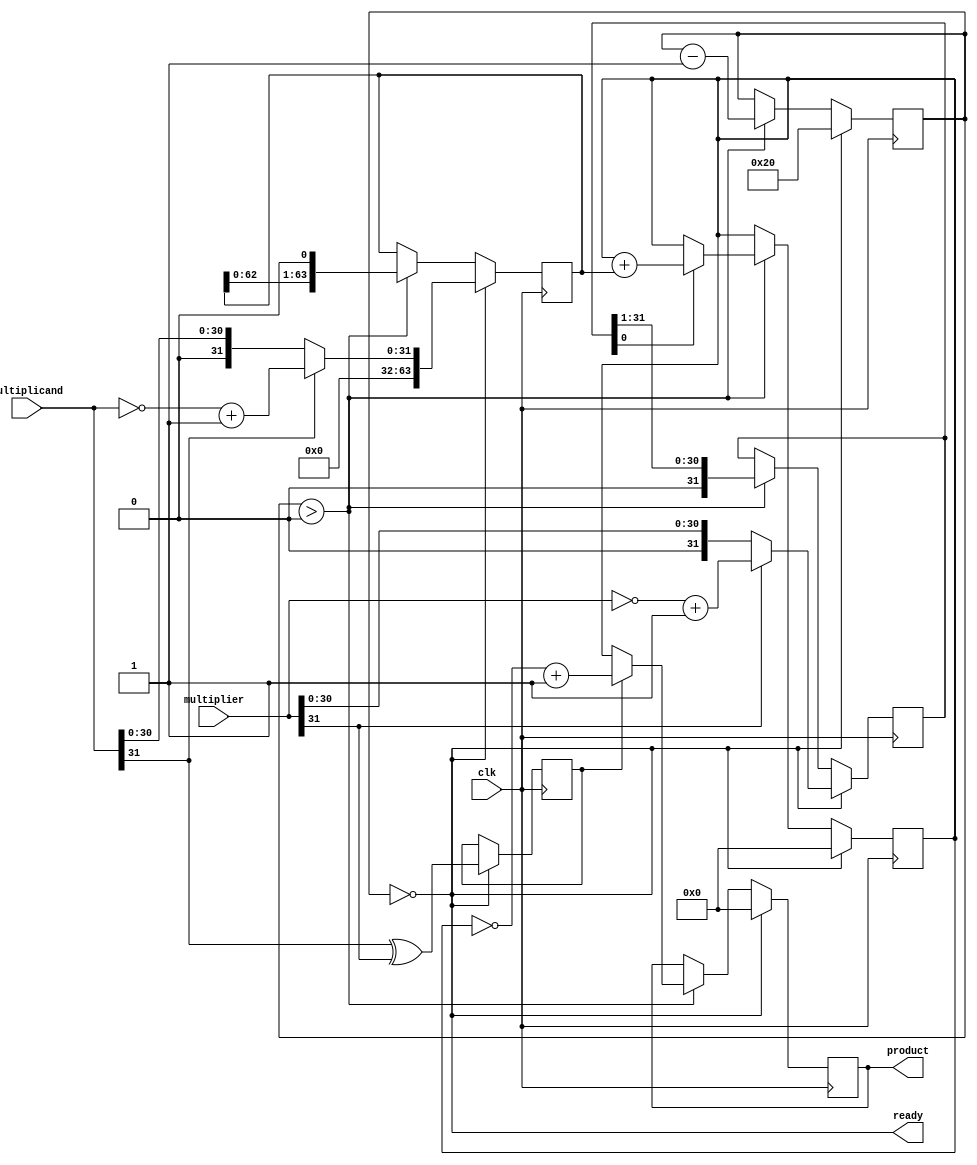
module multiply(ready,product,multiplier,multiplicand,clk);

   input         clk;
   input [31:0]  multiplier, multiplicand;  // The inputs should be twos complement numbers
   output [63:0] product;
   output        ready;

   reg [63:0]    product, product_temp;

   reg [31:0]    multiplier_copy;  // Temporary registers for the multiply
   reg [63:0]    multiplicand_copy;
   reg           isNeg;  // Determine the sign by XOR the leftmost bit of multiplier and multiplicand

   reg [5:0]     bit;  // For repeating 32 times
   wire          ready = !bit;

   // Initialization
   initial bit <= 0;
   initial isNeg <= 0;

   always @( posedge clk )

     if( ready ) begin

        bit               <= 6'd32;
        product           <= 0;
        product_temp      <= 0;

        // Get the absolute value of multiplicand. Add 0 to the
        // left half because multiplicand_copy is 64 bits long.
        multiplicand_copy <= multiplicand[31] ?
                            { 32'd0, ~multiplicand + 1'b1 } :
                            { 32'd0, multiplicand };

        // Get the absolute value of multiplier. If the leftmost bit
        // of multiplier is 1 which represent a negative number,
        // multiplier_copy equals to the twos complement of multiplier.
        multiplier_copy <= multiplier[31] ? (~multiplier + 1'b1) : multiplier;

        // XOR operation to determine the sign of the product
        isNeg <= multiplicand[31] ^ multiplier[31];

     end

     else if ( bit > 0 ) begin

        // If the rightmost bit of current multiplier_copy is 1,
        // then add the current multiplicand_copy to product_temp
        if( multiplier_copy[0] == 1'b1 )
           product_temp <= product_temp + multiplicand_copy;

        // If isNeg = 1, which means that the product should be
        // a negative number, then product equals to the
        // twos complement of product_temp. If isNeg = 0, product
        // equals to product_temp.
        product <= isNeg ? (~product_temp + 1'b1) : product_temp;

        // Shift right multiplier 1 bit
        multiplier_copy <= multiplier_copy >> 1;

        // Shift left multiplicand 1 bit
        multiplicand_copy <= multiplicand_copy << 1;

        bit <= bit - 1'b1;  // repeat 32 times

     end

endmodule